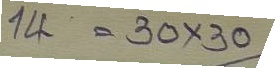
14 = 30 x 30